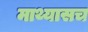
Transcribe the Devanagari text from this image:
माथ्यासच